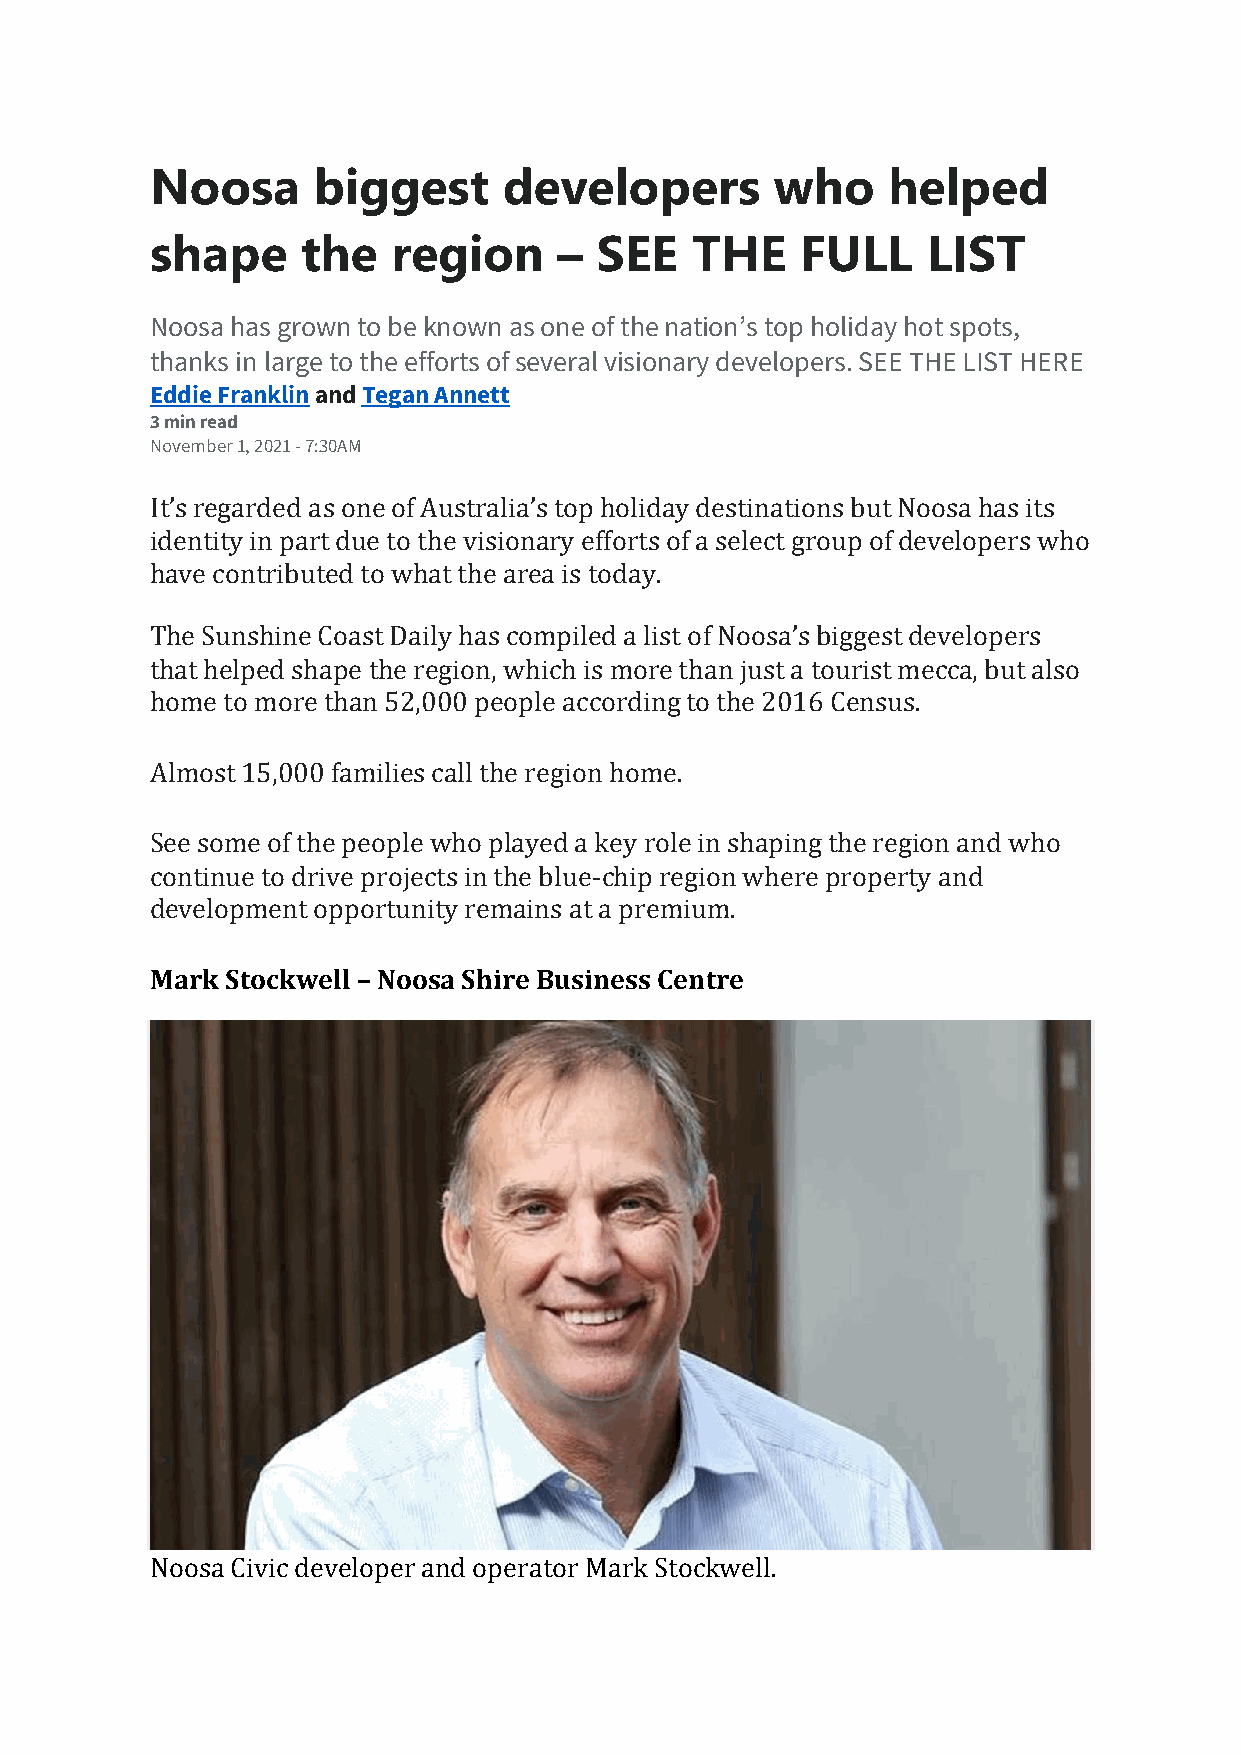
Noosa      biggest     developers        who     helped
 shape     the   region     – SEE    THE    FULL    LIST
 Noosa has grown to be known as one of the nation’s top holiday hot spots,
 thanks in large to the efforts of several visionary developers. SEE THE LIST HERE
 Eddie Franklin and Tegan Annett
 3 min read
 November 1, 2021 - 7:30AM
 It’s regarded as one of Australia’s top holiday destinations but Noosa has its
 identity in part due to the visionary efforts of a select group of developers who
 have contributed to what the area is today.
 The Sunshine Coast Daily has compiled a list of Noosa’s biggest developers
 that helped shape the region, which is more than just a tourist mecca, but also
 home to more than 52,000 people according to the 2016 Census.
 Almost 15,000 families call the region home.
 See some of the people who played a key role in shaping the region and who
 continue to drive projects in the blue-chip region where property and
 development opportunity remains at a premium.
 Mark Stockwell – Noosa Shire Business Centre
 Noosa Civic developer and operator Mark Stockwell.